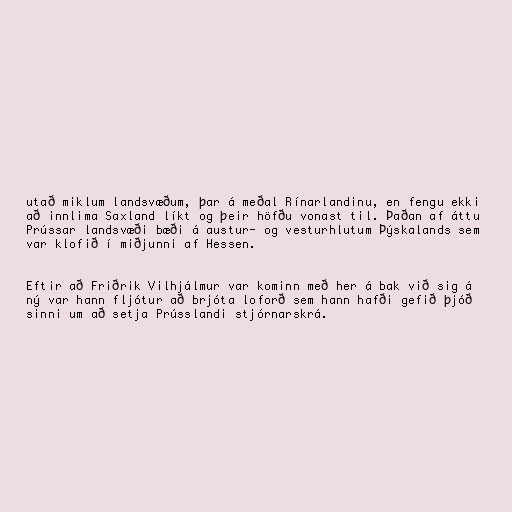
utað miklum landsvæðum, þar á meðal Rínarlandinu, en fengu ekki
að innlima Saxland líkt og þeir höfðu vonast til. Þaðan af áttu
Prússar landsvæði bæði á austur- og vesturhlutum Þýskalands sem
var klofið í miðjunni af Hessen.

Eftir að Friðrik Vilhjálmur var kominn með her á bak við sig á
ný var hann fljótur að brjóta loforð sem hann hafði gefið þjóð
sinni um að setja Prússlandi stjórnarskrá.